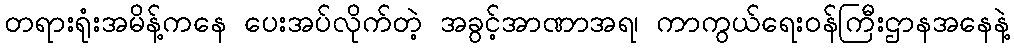
တရားရုံးအမိန့်ကနေ ပေးအပ်လိုက်တဲ့ အခွင့်အာဏာအရ၊ ကာကွယ်ရေးဝန်ကြီးဌာနအနေနဲ့